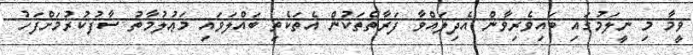
ވީމާ މި ނީލަމުގައި ބައިވެރިވާން އެދިލައްވާ ފަރާތްތަކުން އެތަކެތި ބައްލަވައި މަޢުލުމާތު ސާފުކުރުމަށްފަހު